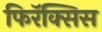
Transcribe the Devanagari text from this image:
फिरॅक्सिस